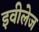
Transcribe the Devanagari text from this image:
इवीलेज